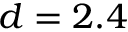
d = 2 . 4